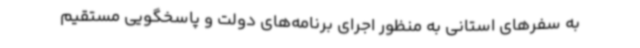
به سفرهای استانی به منظور اجرای برنامه‌های دولت و پاسخگویی مستقیم